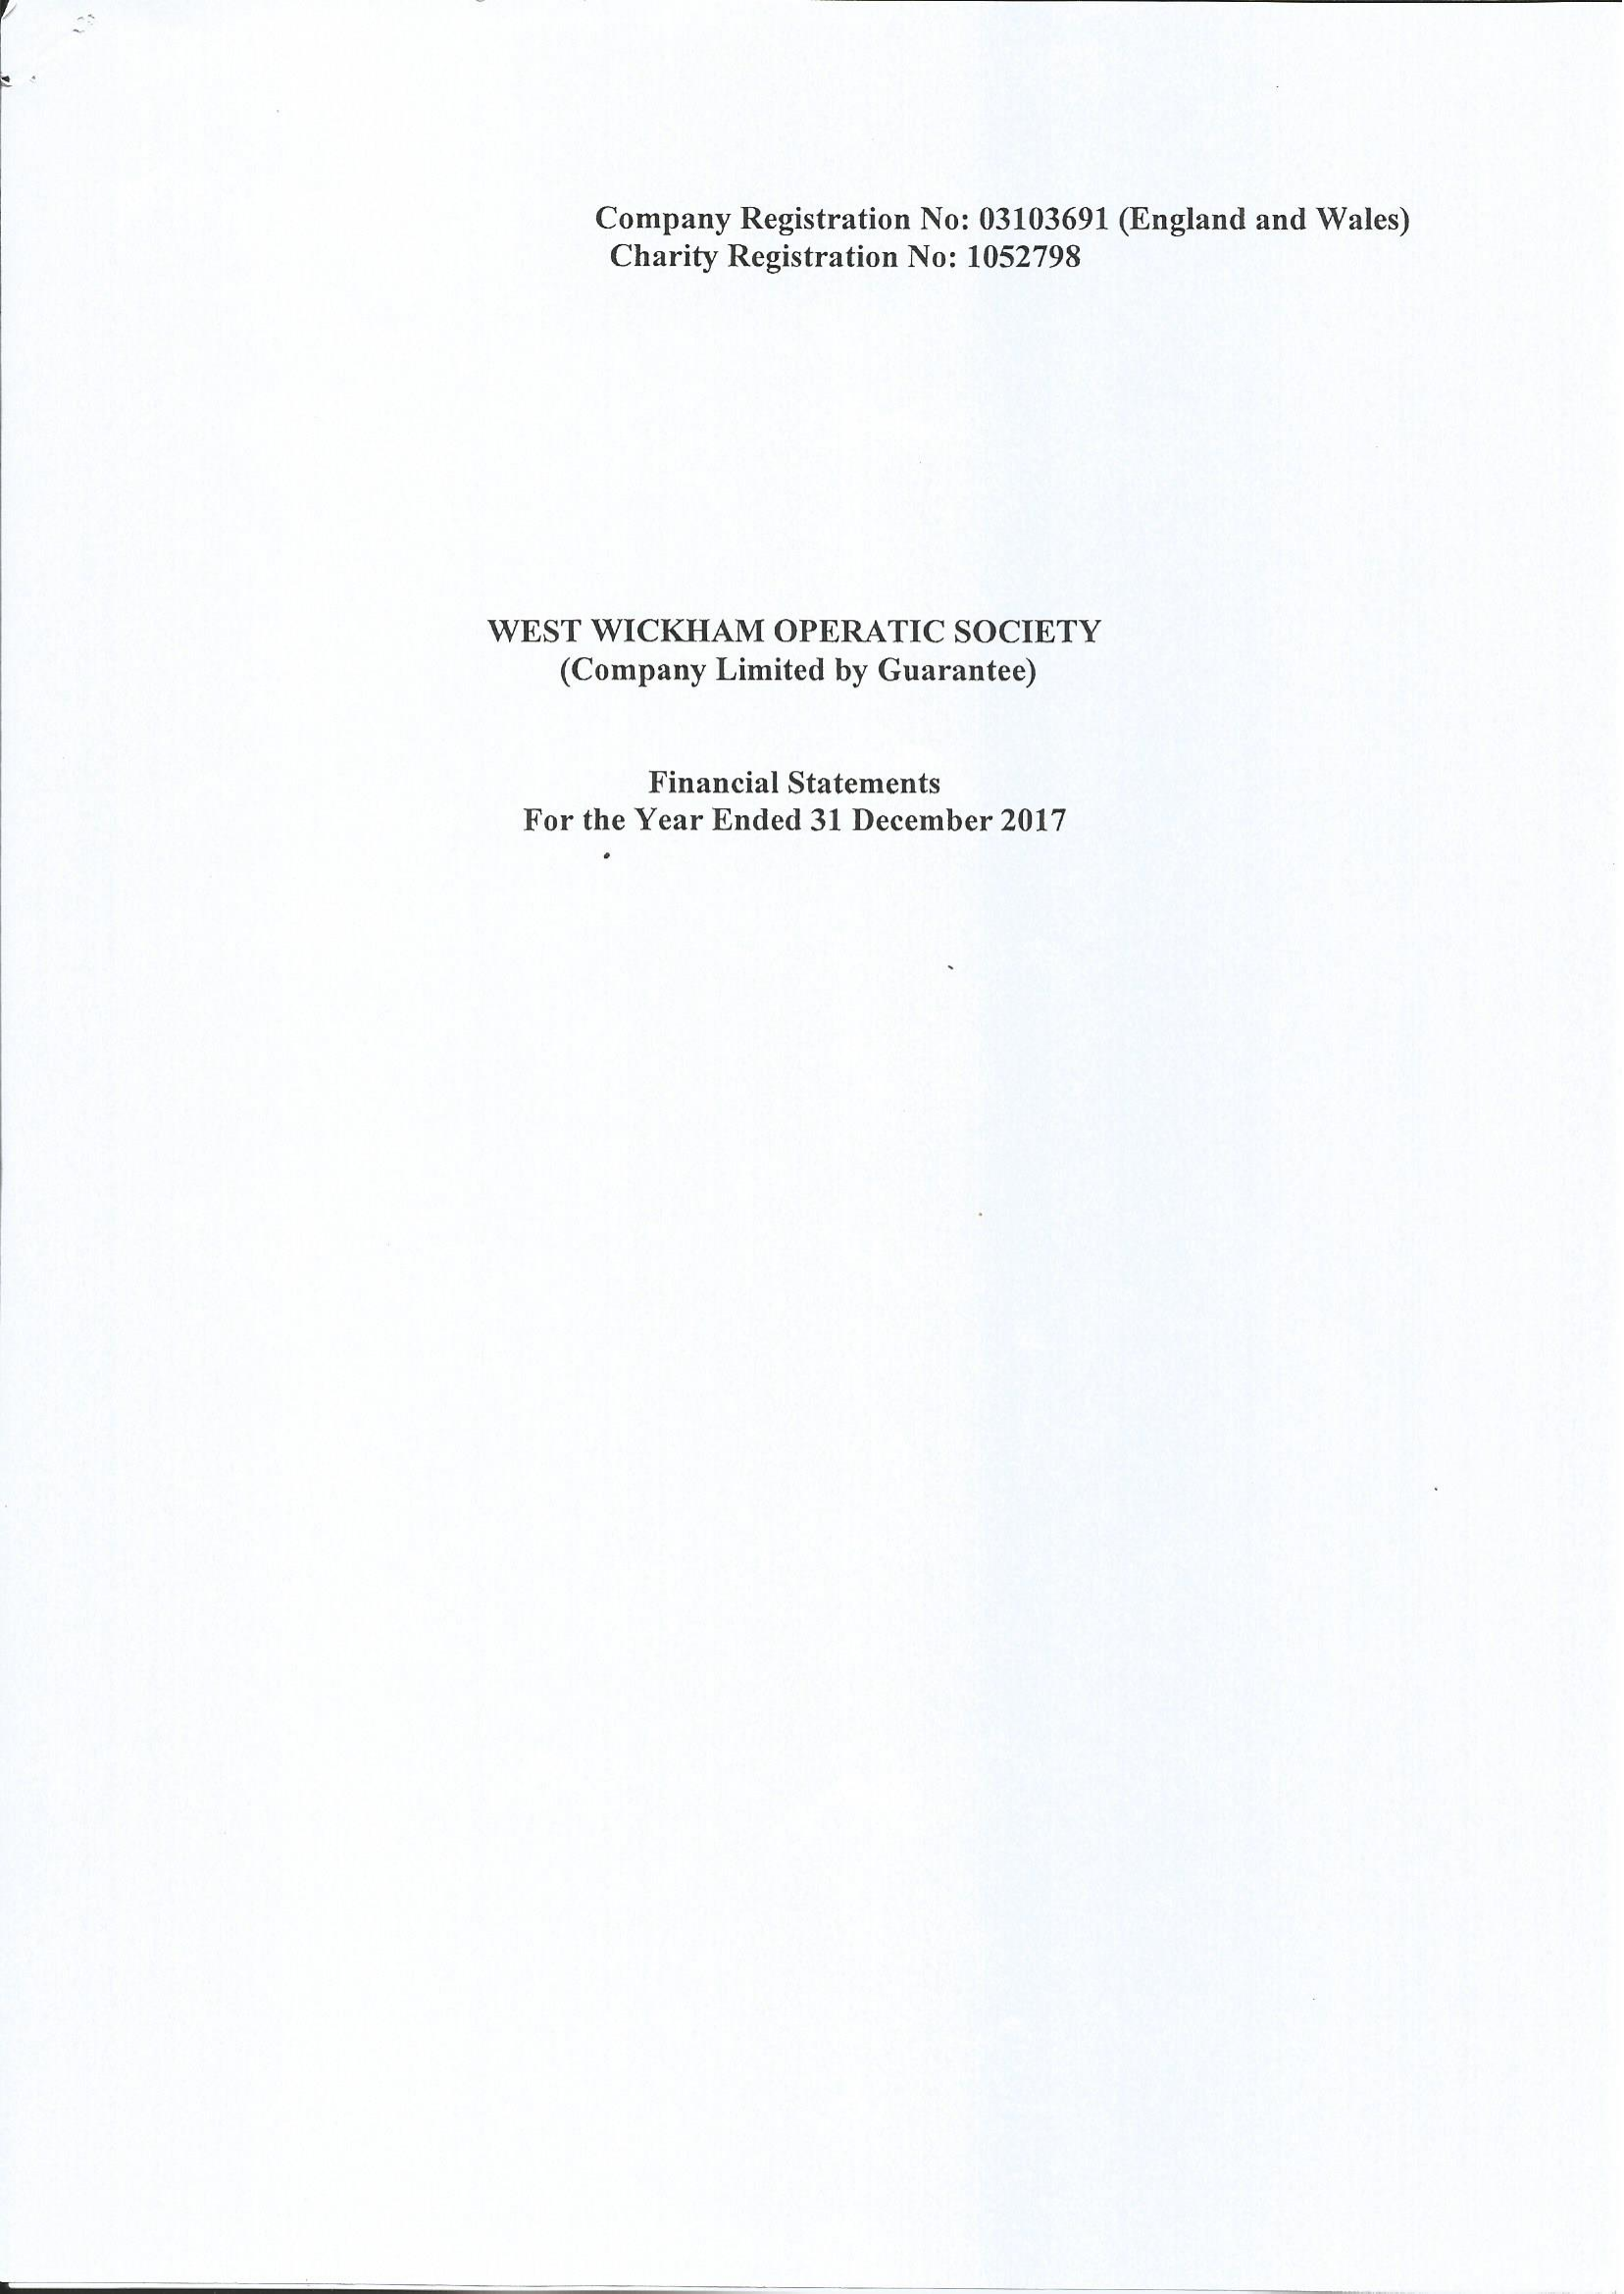
Company Registration No: 03103691 (England and Wales)
     Charity Registration No: 1052798
     WEST  WICKHAM   OPERATIC   SOCIETY
     (Company Limited by Guarantee)
     Financial Statements
     For the Year Ended 31 December 2017